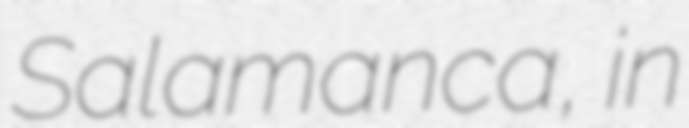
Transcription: Salamanca, in